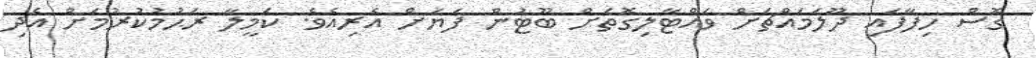
ގޮސް ހިފާފައި ދޫލަމައްޗަށް ވައްޓާލިގޮތަށް ބޫޓުން ފަޔަށް އެރިއެވެ. ކަމީލާ ރަޙުމުކުރުމަށް އެދި